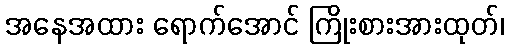
အနေအထား ရောက်အောင် ကြိုးစားအားထုတ်၊